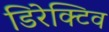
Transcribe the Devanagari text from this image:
डिरेक्टिव